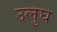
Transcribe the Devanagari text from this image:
उलुघ